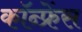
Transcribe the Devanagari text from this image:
कॉन्‍फ्रेंस